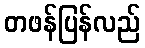
တဖန်ပြန်လည်